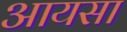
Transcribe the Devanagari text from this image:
आयसा